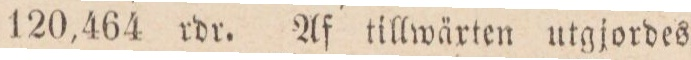
120,464 rdr. Af tillwäxten utgjordes